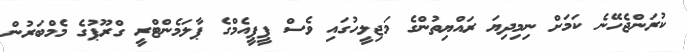
ކުރަންޖެހޭނެ ކަމަށް ނިމިދިޔަ ރައްޔިތުންގެ މަޖިލީހުގައި ވެސް ޕީޕީއެމްގެ ޕާލަމެންޓްރީ ގްރޫޕުގެ މެމްބަރުން